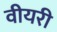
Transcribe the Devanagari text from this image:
वीयरी